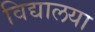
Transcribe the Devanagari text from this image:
विद्यालया